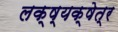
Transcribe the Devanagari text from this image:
लक्ष्यक्षेत्र